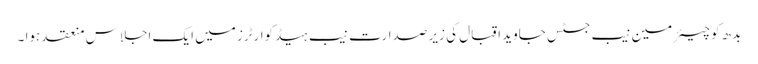
بدھ کو چیئرمین نیب جسٹس جاوید اقبال کی زیر صدارت نیب ہیڈکوارٹرز میں ایک اجلاس منعقد ہوا ۔